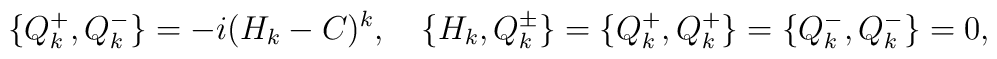
\{Q^+_k,Q^-_k\}=-i(H_k-C)^k,\quad\{H_k,Q^\pm_k\}=\{Q^+_k,Q^+_k\}=\{Q^-_k,Q^-_k\}=0,